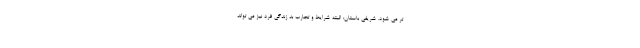
تر می شود. شریفی باستان: البته شرایط و تجارب بد زندگی فرد نیز می تواند